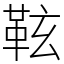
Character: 䩙